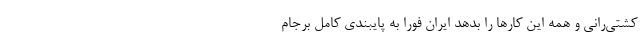
کشتی‌رانی و همه این کارها را بدهد ایران فوراً به پایبندی کامل برجام